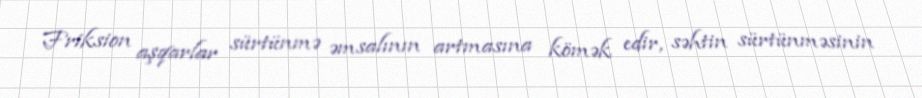
Friksion aşqarlar sürtünmə əmsalının artmasına kömək edir, səhtin sürtünməsinin